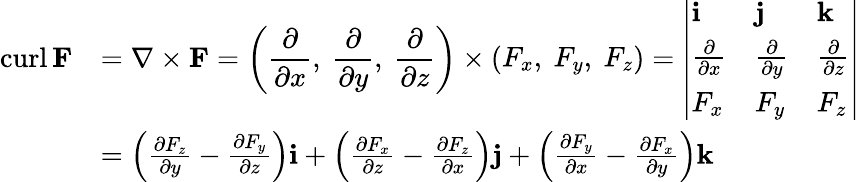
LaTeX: {\begin{array}{rl}{\operatorname{curl}\mathbf{F}}&{=\nabla\times\mathbf{F}={\left(\begin{array}{l}{\displaystyle{\frac{\partial}{\partial x}},\ {\frac{\partial}{\partial y}},\ {\frac{\partial}{\partial z}}}\end{array}\right)}\times{\left(\begin{array}{l}{F_{x},\ F_{y},\ F_{z}}\end{array}\right)}={\left|\begin{array}{lll}{\mathbf{i}}&{\mathbf{j}}&{\mathbf{k}}\\ {{\frac{\partial}{\partial x}}}&{{\frac{\partial}{\partial y}}}&{{\frac{\partial}{\partial z}}}\\ {F_{x}}&{F_{y}}&{F_{z}}\end{array}\right|}}\\ &{=\left({\frac{\partial F_{z}}{\partial y}}-{\frac{\partial F_{y}}{\partial z}}\right)\mathbf{i}+\left({\frac{\partial F_{x}}{\partial z}}-{\frac{\partial F_{z}}{\partial x}}\right)\mathbf{j}+\left({\frac{\partial F_{y}}{\partial x}}-{\frac{\partial F_{x}}{\partial y}}\right)\mathbf{k}}\end{array}}